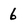
Character: 6